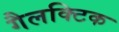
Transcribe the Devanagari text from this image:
गैलक्टिक